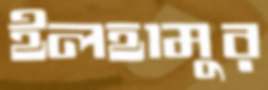
ইলহামুর